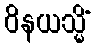
ဝိနယသ္မိံ